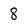
Character: 8